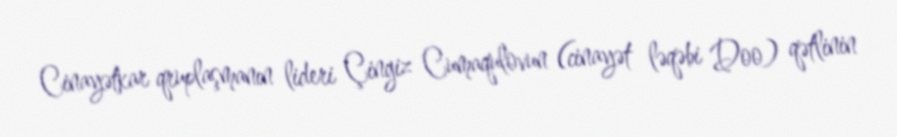
Cinayətkar qruplaşmanın lideri Çingiz Cumaqulovun (cinayət ləqəbi Doo) qətlinin